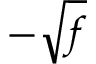
- \sqrt { f }